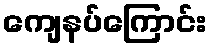
ကျေနပ်ကြောင်း